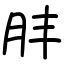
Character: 肨